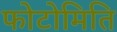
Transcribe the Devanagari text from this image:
फोटोमिति